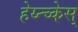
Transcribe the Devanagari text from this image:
हेय्न्च्केस्